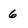
Character: 6